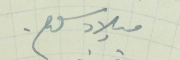
ميلاد سلوم.